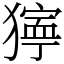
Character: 𤡛